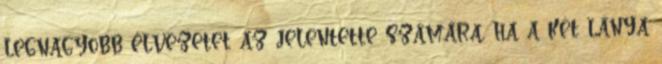
legnagyobb élvezetet az jelentette számára, ha a két lánya